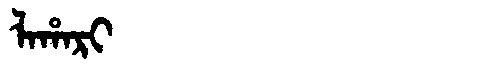
Manchu: ᠯᠠᡥᠠᡵᡳ
Romanization: LAHARI